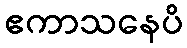
ဧကာသနေပိ